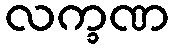
လက္ခဏ